Vaccination in Bombay 1863-1868 - 1863-1868
Year: 1863
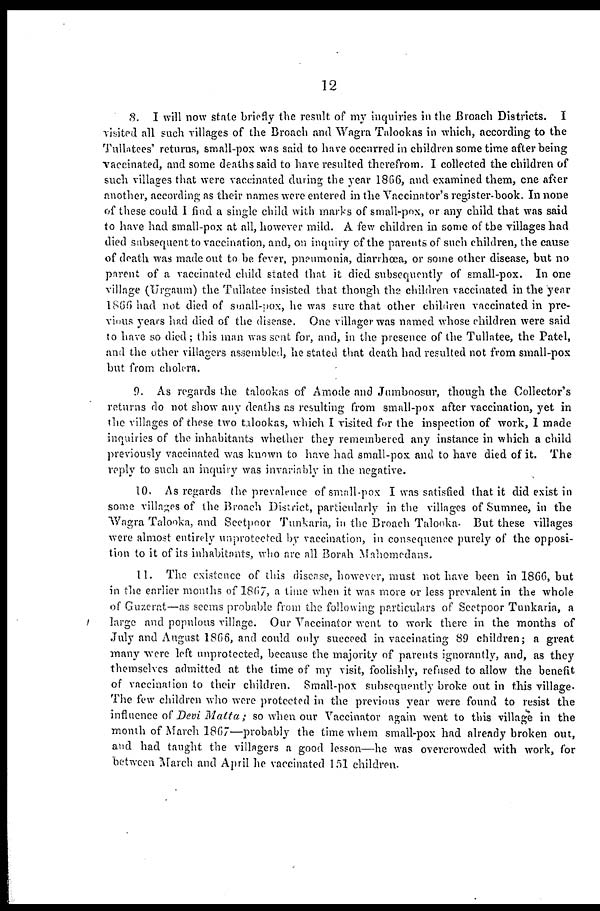
12
8. I will now state briefly the result of my inquiries in the Broach Districts. I
visited all such villages of the Broach and Wagra Talookas in which, according to the
Tullatees' returns, small-pox was said to have occurred in children some time after being
vaccinated, and some deaths said to have resulted therefrom. I collected the children of
such villages that were vaccinated during the year 1866, and examined them, one after
another, according as their names were entered in the Vaccinator's register-book. In none
of these could I find a single child with marks of small-pox, or any child that was said
to have had small-pox at all, however mild. A few children in some of the villages had
died subsequent to vaccination, and, on inquiry of the parents of such children, the cause
of death was made out to be fever, pneumonia, diarrhœa, or some other disease, but no
parent of a vaccinated child stated that it died subsequently of small-pox. In one
village (Urgaum) the Tullatee insisted that though the children vaccinated in the year
1866 had not died of small-pox, he was sure that other children vaccinated in pre-
vious years had died of the disease. One villager was named whose children were said
to have so died; this man was sent for, and, in the presence of the Tullatee, the Patel,
and the other villagers assembled, he stated that death had resulted not from small-pox
but from cholera.
9. As regards the talookas of Amode and Jumboosur, though the Collector's
returns do not show any deaths as resulting from small-pox after vaccination, yet in
the villages of these two talookas, which I visited for the inspection of work, I made
inquiries of the inhabitants whether they remembered any instance in which a child
previously vaccinated was known to have had small-pox and to have died of it. The
reply to such an inquiry was invariably in the negative.
10. As regards the prevalence of small-pox I was satisfied that it did exist in
some villages of the Broach District, particularly in the villages of Sumnee, in the
Wagra Talooka, and Seetpoor Tunkaria, in the Broach Talooka. But these villages
were almost entirely unprotected by vaccination, in consequence purely of the opposi-
tion to it of its inhabitants, who are all Borah Mahomedans.
11. The existence of this disease, however, must not have been in 1866, but
in the earlier months of 1867, a time when it was more or less prevalent in the whole
of Guzerat—as seems probable from the following particulars of Seetpoor Tunkaria, a
large and populous village. Our Vaccinator went to work there in the months of
July and August 1866, and could only succeed in vaccinating 89 children; a great
many were left unprotected, because the majority of parents ignorantly, and, as they
themselves admitted at the time of my visit, foolishly, refused to allow the benefit
of vaccination to their children. Small-pox subsequently broke out in this village.
The few children who were protected in the previous year were found to resist the
influence of Devi Matta; so when our Vaccinator again went to this village in the
month of March 1867—probably the time whem small-pox had already broken out,
and had taught the villagers a good lesson—he was overcrowded with work, for
between March and April he vaccinated 151 children.